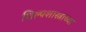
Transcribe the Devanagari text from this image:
शिल्पशास्त्राच्या